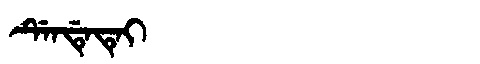
Manchu: ᡩᡝᠨᡩᡝᡨᡝᡳ
Romanization: DENDETEI